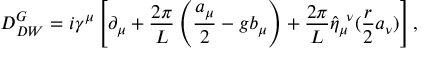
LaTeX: { \cal D } _ { D W } ^ { G } = i \gamma ^ { \mu } \left[ \partial _ { \mu } + \frac { 2 \pi } { L } \left( \frac { a _ { \mu } } { 2 } - g b _ { \mu } \right) + \frac { 2 \pi } { L } \hat { \eta } _ { \mu } ^ { ~ \nu } ( \frac { r } { 2 } a _ { \nu } ) \right] ,